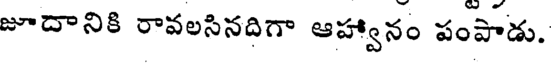
జూదానికి రావలసినదిగా ఆహ్వానం పంపాడు.